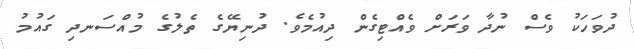
ދުވަހަކު ވެސް ނުދާ ވަރަށް ވެއްޓިގެން ދިއުމެވެ. ދުނިޔޭގެ ތެލުގެ މުއްސަނދި ގައުމު